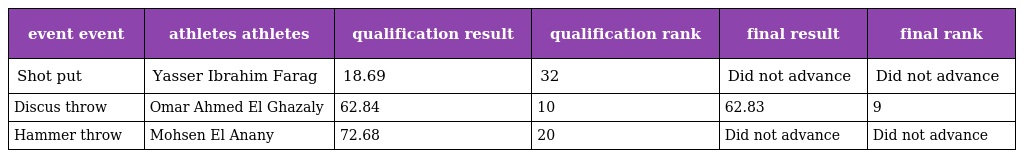
| event event | athletes athletes | qualification result | qualification rank | final result | final rank |
 | --- | --- | --- | --- | --- | --- |
 | Shot put | Yasser Ibrahim Farag | 18.69 | 32 | Did not advance | Did not advance |
 | Discus throw | Omar Ahmed El Ghazaly | 62.84 | 10 | 62.83 | 9 |
 | Hammer throw | Mohsen El Anany | 72.68 | 20 | Did not advance | Did not advance |